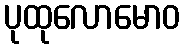
ပုထုလောမောဝ